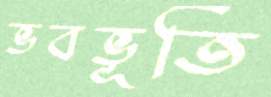
ভবভূতি